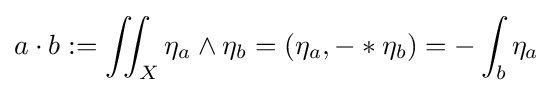
a\cdot b:=\iint _{X}\eta _{a}\wedge \eta _{b}=(\eta _{a},-*\eta _{b})=-\int _{b}\eta _{a}